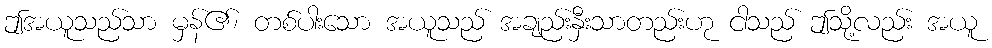
ဤအယူသည်သာ မှန်၏၊ တစ်ပါးသော အယူသည် အချည်းနှီးသာတည်းဟု ငါသည် ဤသို့လည်း အယူ